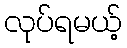
လုပ်ရမယ့်